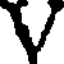
V